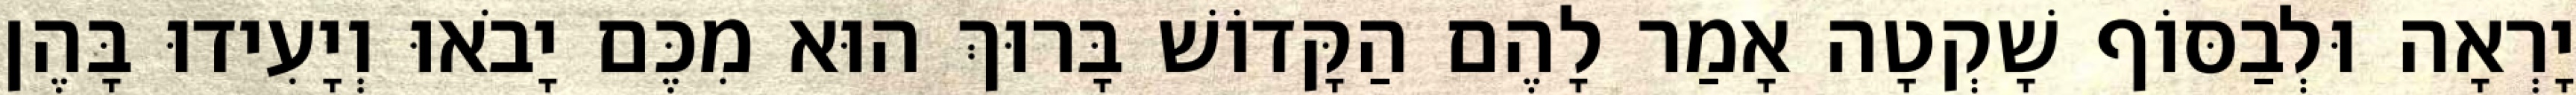
יָרְאָה וּלְבַסּוֹף שָׁקְטָה אָמַר לָהֶם הַקָּדוֹשׁ בָּרוּךְ הוּא מִכֶּם יָבֹאוּ וְיָעִידוּ בָּהֶן